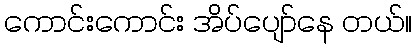
ကောင်းကောင်း အိပ်ပျော်နေ တယ်။